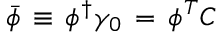
{ \bar { \phi } } \, \equiv \, \phi ^ { \dagger } \gamma _ { 0 } \, = \, \phi ^ { T } C